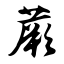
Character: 蕨